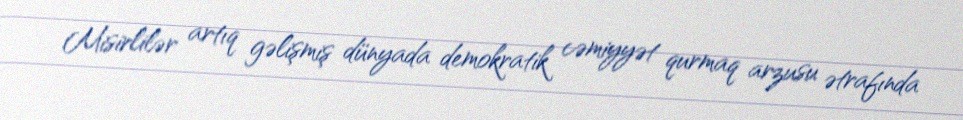
Misirlilər artıq gəlişmiş dünyada demokratik cəmiyyət qurmaq arzusu ətrafında